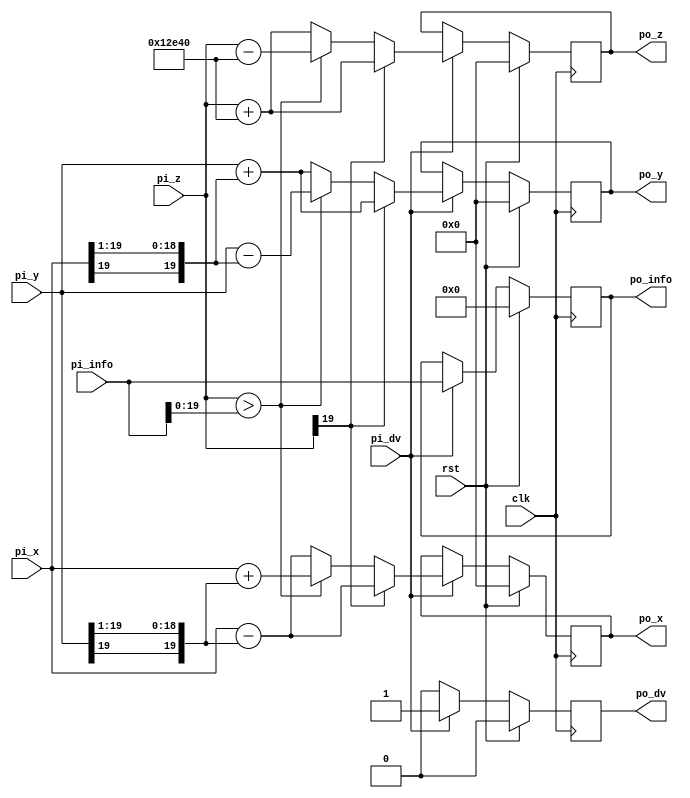
// -----------------------------------------------------------------------------
// -----------------------------------------------------------------------------
// File   	 : cordic_unit
// Create 	 : 2022-12-06
// Revise 	 : 2022-
// Editor 	 : Vscode, tab size (4)
// Version	 : v1.0  
// Functions : 
// License	  : License: LGPL-3.0-or-later   
// -----------------------------------------------------------------------------
// -----------------------------------------------------------------------------
module cordic_unit #(
    parameter CORDIC_MODE = "NCO",  // mode of this module, NCO mode or angle/amp mode
    parameter STAGE_N = 1,          // loop idx
    parameter DW = 20,              // data width 
    parameter AW = 20               // angle width 

) (
    input   wire                clk     ,
    input   wire                rst     ,
    input   wire                pi_dv   ,
    input   wire    [AW+2-1:0]  pi_info ,
    input   wire    [DW-1:0]    pi_x    ,
    input   wire    [DW-1:0]    pi_y    ,
    input   wire    [AW-1:0]    pi_z    ,

    output  reg                 po_dv   ,
    output  reg     [AW+2-1:0]  po_info ,
    output  reg     [DW-1:0]    po_x    ,
    output  reg     [DW-1:0]    po_y    ,
    output  reg     [AW-1:0]    po_z
);

    //====================================================
    // internal signals
    //====================================================
    // [0, 2pi] is mapped to [0, 2^20], so the following 
    // angle is calculated as the same.
    // atan(2^-0) =     20'h20000;
    // atan(2^-1) =     20'h12e40;
    // atan(2^-2) =     20'h9fb4;
    // atan(2^-3) =     20'h5111;
    // atan(2^-4) =     20'h28b1;
    // atan(2^-5) =     20'h145d;
    // atan(2^-6) =     20'ha2f;
    // atan(2^-7) =     20'h518;
    // atan(2^-8) =     20'h28c;
    // atan(2^-9) =     20'h146;
    // atan(2^-10) =    20'ha3;
    // atan(2^-11) =    20'h51;
    // atan(2^-12) =    20'h29;
    // atan(2^-13) =    20'h14;
    // atan(2^-14) =    20'ha;
    // atan(2^-15) =    20'h5;
    // atan(2^-16) =    20'h3;
    // atan(2^-17) =    20'h1;
    wire    [AW-1:0]    theta_lut [17:0];   // rotation angle lookup table

    reg                 rota_dir; // rotation direction, 1:counterclockwise, 0:clockwise

    reg     [DW-1:0]    delta_x ; // x variation  per rotation
    reg     [DW-1:0]    delta_y ; // y variation  per rotation
    reg     [AW-1:0]    delta_z ; // z variation  per rotation

    reg     [DW-1:0]    x_int ;
    reg     [DW-1:0]    y_int ;
    reg     [AW-1:0]    z_int ;
    reg     [AW+2-1:0]  info_int ;
    reg                 dv_int  ;

    assign theta_lut[0]  =    20'h20000;
    assign theta_lut[1]  =    20'h12e40;
    assign theta_lut[2]  =    20'h9fb4;
    assign theta_lut[3]  =    20'h5111;
    assign theta_lut[4]  =    20'h28b1;
    assign theta_lut[5]  =    20'h145d;
    assign theta_lut[6]  =    20'ha2f;
    assign theta_lut[7]  =    20'h518;
    assign theta_lut[8]  =    20'h28c;
    assign theta_lut[9]  =    20'h146;
    assign theta_lut[10] =    20'ha3;
    assign theta_lut[11] =    20'h51;
    assign theta_lut[12] =    20'h29;
    assign theta_lut[13] =    20'h14;
    assign theta_lut[14] =    20'ha;
    assign theta_lut[15] =    20'h5;
    assign theta_lut[16] =    20'h3;
    assign theta_lut[17] =    20'h1;

    //====================================================
    // cordic iteration unit
    // X(n + 1) = Xn - Sn * 2^(-n) * Yn
    // Y(n + 1) = Yn + Sn * 2^(-n) * Xn
    // Z(n + 1) = Xn - Sn * arctan(2^(-n))
    //====================================================


    generate
        if (CORDIC_MODE == "NCO") begin
            // in nco module the first stage need anticlockwise rotation
            if (STAGE_N == 0) begin
                always @(posedge clk) begin
                    if (rst==1'b1) begin
                        po_x <= 'd0;
                        po_y <= 'd0;
                        po_z <= 'd0;
                        po_dv<= 1'b0;
                        po_info <= 'd0;
                    end else if(pi_dv == 1'b1)begin
                        po_x <= pi_x - pi_y;
                        po_y <= pi_y + pi_x;
                        po_z <= pi_z + theta_lut[0];
                        po_info <= pi_info;
                        po_dv<= 1'b1;
                    end else begin
                        po_dv<= 1'b0;
                    end
                end
            end else begin
                always @(posedge clk) begin
                    if (rst==1'b1) begin
                        po_x <= 'd0;
                        po_y <= 'd0;
                        po_z <= 'd0;
                        po_dv<= 1'b0;
                        po_info <= 'd0;
                    end else if(pi_dv == 1'b1)begin
                        po_dv<= 1'b1;
                        po_info <= pi_info;
                        // if current angle is in forth quarant, anticlockwise rotation
                        if (pi_z[AW-1]) begin
                            po_x <= pi_x - {{STAGE_N{pi_y[DW-1]}}, pi_y[DW-1 : STAGE_N]};
                            po_y <= pi_y + {{STAGE_N{pi_x[DW-1]}}, pi_x[DW-1 : STAGE_N]};
                            po_z <= pi_z + theta_lut[STAGE_N];
                        end else begin
                            // if current angle is greater than the aim angle, clockwise
                            if (pi_z > pi_info[AW-1:0]) begin
                                po_x <= pi_x + {{STAGE_N{pi_y[DW-1]}}, pi_y[DW-1 : STAGE_N]};
                                po_y <= pi_y - {{STAGE_N{pi_x[DW-1]}}, pi_x[DW-1 : STAGE_N]};
                                po_z <= pi_z - theta_lut[STAGE_N];
                            // else current angle is smaller than the aim angle, anticlockwise
                            end else begin
                                po_x <= pi_x - {{STAGE_N{pi_y[DW-1]}}, pi_y[DW-1 : STAGE_N]};
                                po_y <= pi_y + {{STAGE_N{pi_x[DW-1]}}, pi_x[DW-1 : STAGE_N]};
                                po_z <= pi_z + theta_lut[STAGE_N];
                            end
                        end
                    end else begin
                        po_dv<= 1'b0;			
                    end
                end              
            end
            
        end else if(CORDIC_MODE == "ANGLE") begin
            // in angle module the first stage need clockwise rotation
            if (STAGE_N == 0) begin
                always @(posedge clk) begin
                    if (rst==1'b1) begin
                        po_x <= 'd0;
                        po_y <= 'd0;
                        po_z <= 'd0;
                        po_info <= 'd0;
                        po_dv <= 1'b0;
                    end else if(pi_dv == 1'b1)begin
                        po_x <= pi_x + pi_y;
                        po_y <= pi_y - pi_x;
                        po_z <= pi_z - theta_lut[0];
                        po_info <= pi_info;
                        po_dv<= 1'b1;
                    end else begin
                        po_dv <= 1'b0;
                    end
                end
            end else begin
                always @(posedge clk) begin
                    if (rst==1'b1) begin
                        po_x <= 'd0;
                        po_y <= 'd0;
                        po_z <= 'd0;
                        po_info <= 'd0;
                        po_dv<= 1'b0;
                    end else if(pi_dv == 1'b1)begin
                        po_dv <= 1'b1;
                        po_info <= pi_info;
                        if (pi_y[DW-1] == 1'b1) begin
                            po_x <= pi_x - {{STAGE_N{pi_y[DW-1]}}, pi_y[DW-1 : STAGE_N]};
                            po_y <= pi_y + {{STAGE_N{pi_x[DW-1]}}, pi_x[DW-1 : STAGE_N]};
                            po_z <= pi_z + theta_lut[STAGE_N];
                        // else clockwise
                        end else begin
                            po_x <= pi_x + {{STAGE_N{pi_y[DW-1]}}, pi_y[DW-1 : STAGE_N]};
                            po_y <= pi_y - {{STAGE_N{pi_x[DW-1]}}, pi_x[DW-1 : STAGE_N]};
                            po_z <= pi_z - theta_lut[STAGE_N];
                        end
                    end else begin
                        po_dv<= 1'b0;
                    end
                end              
            end    
        end else begin
            always @(posedge clk ) begin
                if (rst==1'b1) begin
                    po_x <= 'd0;
                    po_y <= 'd0;
                    po_z <= 'd0;
                    po_info <= 'd0;
                    po_dv<= 1'b0;	
                end else begin
                    po_x <= 'd0;
                    po_y <= 'd0;
                    po_z <= 'd0;
                    po_info <= 'd0;
                    po_dv<= 1'b0;	
                end
            end
        end
    endgenerate


endmodule